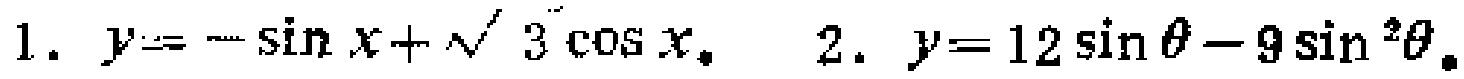
1. \(y = -\sin x+\sqrt{3}\cos x\)， 2. \(y = 12\sin\theta - 9\sin^{2}\theta\)